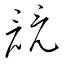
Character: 競